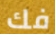
فك